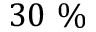
3 0 ~ \%